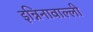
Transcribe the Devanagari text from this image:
इन्निनावाल्ली